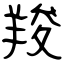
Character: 羧